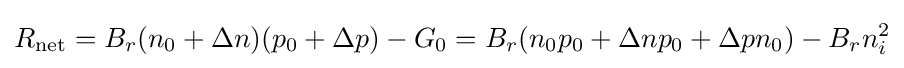
R_{\text{net}}=B_{r}(n_{0}+\Delta n)(p_{0}+\Delta p)-G_{0}=B_{r}(n_{0}p_{0}+\Delta np_{0}+\Delta pn_{0})-B_{r}n_{i}^{2}